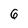
Character: 6